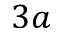
3 a